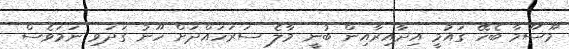
މޫސޫމާ ބެހޭ ގައުމީ އިދާއިރާއިން ބުނީ މާލެ ސަރަހައްދަށް ހޫނު ގަދަވި ނަމަވެސް